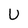
Character: U